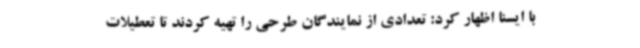
با ایسنا اظهار کرد: تعدادی از نمایندگان طرحی را تهیه کردند تا تعطیلات